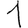
Digit: 1